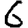
Digit: 6